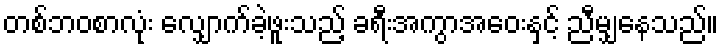
တစ်ဘဝစာလုံး လျှောက်ခဲ့ဖူးသည့် ခရီးအကွာအဝေးနှင့် ညီမျှနေသည်။